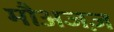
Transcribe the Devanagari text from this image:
मौअजज़